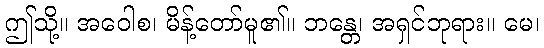
ဤသို့။ အဝေါစ၊ မိန့်တော်မူ၏။ ဘန္တေ၊ အရှင်ဘုရား။ မေ၊